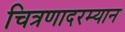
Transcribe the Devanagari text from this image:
चित्रणादरम्यान